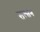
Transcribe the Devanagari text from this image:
सल्तन